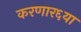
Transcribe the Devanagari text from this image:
करणार६या